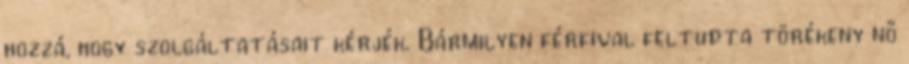
hozzá, hogy szolgáltatásait kérjék. Bármilyen férfival feltudta törékeny nő